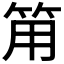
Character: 𰩵